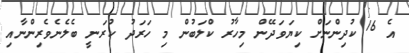
އެ 16 ކުދިންނަށް ކިޔަވަދޭން މިހާރު ކްލަބުން މި ހަރަދު ކުރަނީ ބެލެނެވެރިންނާއި